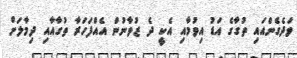
ވަދެެގެންއައި ތުގާގެ އަޑު އިވުމާއި އެކީ ދެ ޒުވާނުން އެއްފަހަރާ ތުގާއާއި ދިމާލަށް